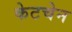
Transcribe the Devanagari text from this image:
केटचेन